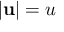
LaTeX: | \mathbf { u } | = u